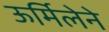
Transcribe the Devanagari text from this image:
ऊर्मिलेने